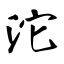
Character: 沱